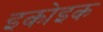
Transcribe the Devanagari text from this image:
इकोइक